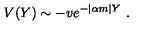
V ( Y ) \sim - v e ^ { - | \alpha m | Y } \ .